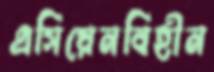
এসিয়েনবিহীন